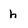
Character: h